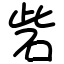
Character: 砦